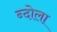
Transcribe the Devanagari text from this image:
न्दोला